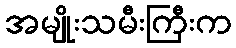
အမျိုးသမီးကြီးက